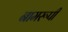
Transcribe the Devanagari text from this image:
नामरूपी